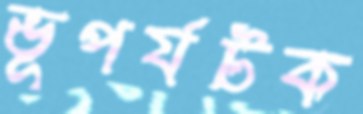
ভূপর্যটক